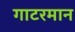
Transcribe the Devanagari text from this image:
गाटरमान